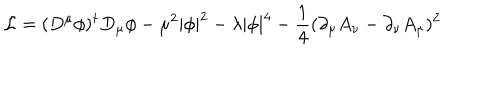
LaTeX: { \cal L } = ( D ^ { \mu } \phi ) ^ { \dagger } D _ { \mu } \phi - \mu ^ { 2 } | \phi | ^ { 2 } - \lambda | \phi | ^ { 4 } - \frac { 1 } { 4 } ( \partial _ { \mu } A _ { \nu } - \partial _ { \nu } A _ { \mu } ) ^ { 2 }